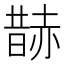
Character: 𧹨